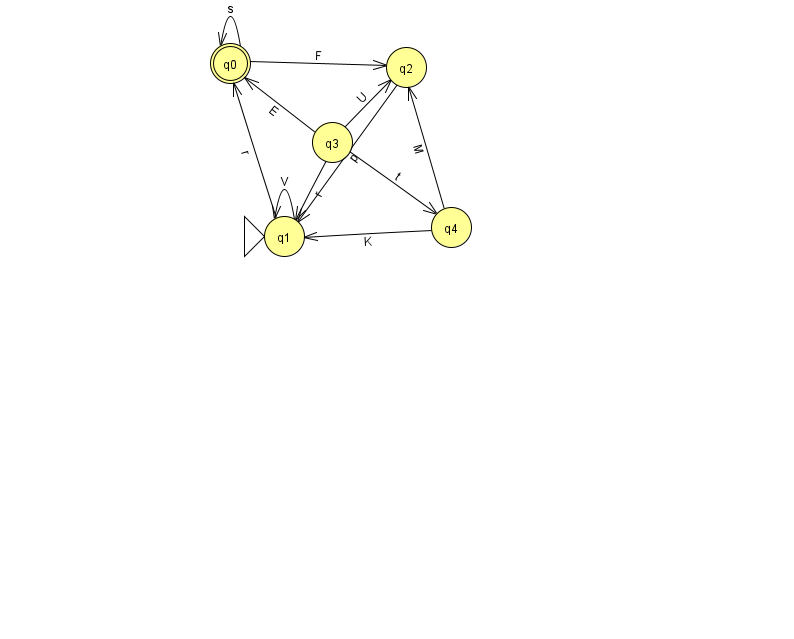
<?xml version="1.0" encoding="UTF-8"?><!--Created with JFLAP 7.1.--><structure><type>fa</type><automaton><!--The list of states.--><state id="0" name="q0"><x>230.0</x><y>50.0</y><final/></state><state id="1" name="q1"><x>284.0</x><y>223.0</y><initial/></state><state id="2" name="q2"><x>406.0</x><y>54.0</y></state><state id="3" name="q3"><x>332.0</x><y>129.0</y></state><state id="4" name="q4"><x>451.0</x><y>214.0</y></state><!--The list of transitions.--><transition><from>0</from><to>2</to><read>F</read></transition><transition><from>4</from><to>2</to><read>M</read></transition><transition><from>3</from><to>1</to><read>r</read></transition><transition><from>0</from><to>0</to><read>s</read></transition><transition><from>3</from><to>4</to><read>t</read></transition><transition><from>1</from><to>1</to><read>V</read></transition><transition><from>2</from><to>1</to><read>p</read></transition><transition><from>3</from><to>0</to><read>E</read></transition><transition><from>1</from><to>0</to><read>r</read></transition><transition><from>3</from><to>2</to><read>U</read></transition><transition><from>4</from><to>1</to><read>K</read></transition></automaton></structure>